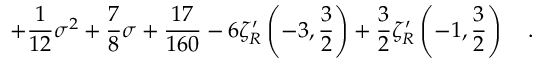
+ { \frac { 1 } { 1 2 } } \sigma ^ { 2 } + { \frac { 7 } { 8 } } \sigma + { \frac { 1 7 } { 1 6 0 } } - 6 \zeta _ { R } ^ { \prime } \left( - 3 , \frac 3 2 \right) + \frac 3 2 \zeta _ { R } ^ { \prime } \left( - 1 , \frac 3 2 \right) ~ ~ ~ .